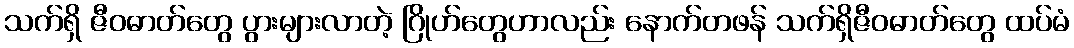
သက်ရှိ ဇီဝဓာတ်တွေ ပွားများလာတဲ့ ဂြိုဟ်တွေဟာလည်း နောက်တဖန် သက်ရှိဇီဝဓာတ်တွေ ထပ်မံ